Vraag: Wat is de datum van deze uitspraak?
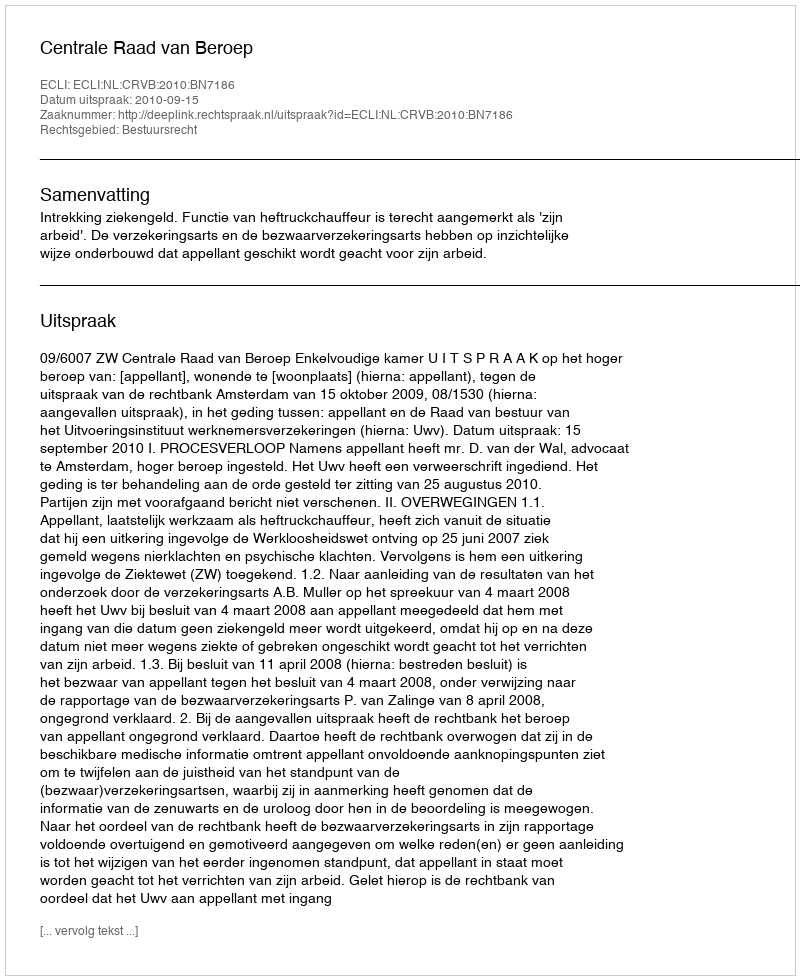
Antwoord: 2010-09-15